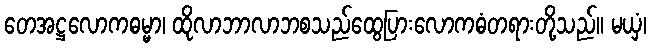
တေအဋ္ဌလောကဓမ္မာ၊ ထိုလာဘာလာဘစသည်ထွေပြားလောကဓံတရားတို့သည်။ မယှံ၊